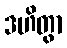
ဒဟိတွာ